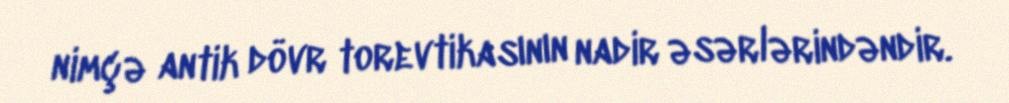
nimçə antik dövr torevtikasının nadir əsərlərindəndir.